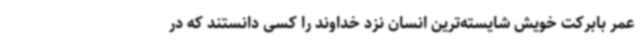
عمر بابرکت خویش شایسته‌ترین انسان نزد خداوند را کسی دانستند که در